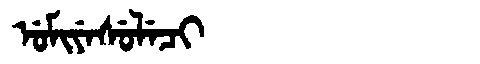
Manchu: ᡠᠮᡳᠶᡝᠰᡠᠯᡝᠴᡳ
Romanization: UMIYESULECI